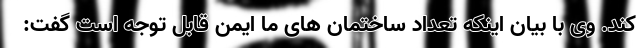
کند. وی با بیان اینکه تعداد ساختمان های ما ایمن قابل توجه است گفت: